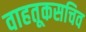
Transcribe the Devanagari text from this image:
वाहतूकसचिव